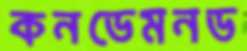
কনডেমনড